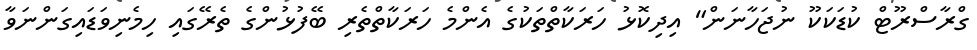
ގްރާސްރޫޓް ކުޑަކަކޫ ނުޖަހާނަން" އިދިކޮޅު ހަރަކާތްތަކުގެ އެންމެ ހަރަކާތްތެރި ބޭފުޅުންގެ ތެރޭގައި ހިމެނިވަޑައިގަންނަވާ